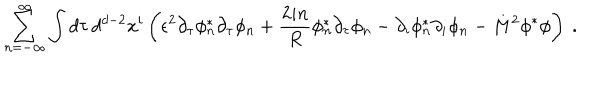
\sum _ { n = - \infty } ^ { \infty } \int d \tau \, d ^ { d - 2 } x ^ { i } \left( \epsilon ^ { 2 } \partial _ { \tau } \phi _ { n } ^ { * } \partial _ { \tau } \phi _ { n } ^ { \vphantom x } + \frac { 2 i n } { R } \phi _ { n } ^ { * } \partial _ { \tau } \phi _ { n } ^ { \vphantom x } - \partial _ { i } \phi _ { n } ^ { * } \partial _ { i } \phi _ { n } ^ { \vphantom x } - M ^ { 2 } \phi ^ { * } \phi \right) \ .